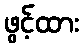
ဖွင့်ထား